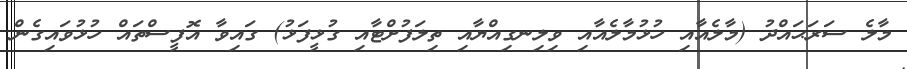
މާލެ ސަރަޙައްދު (މާލެއާއި ހުޅުމާލެއާއި ވިލިނގިއްޔާއި ތިލަފުށްޓާއި ގުޅީފަޅު) ގައިވާ އޮފީސްތައް ހުޅުވައިގެން